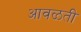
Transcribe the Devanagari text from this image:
आवळती